Burma Government Medical School reports 1907-22
Year: 1907
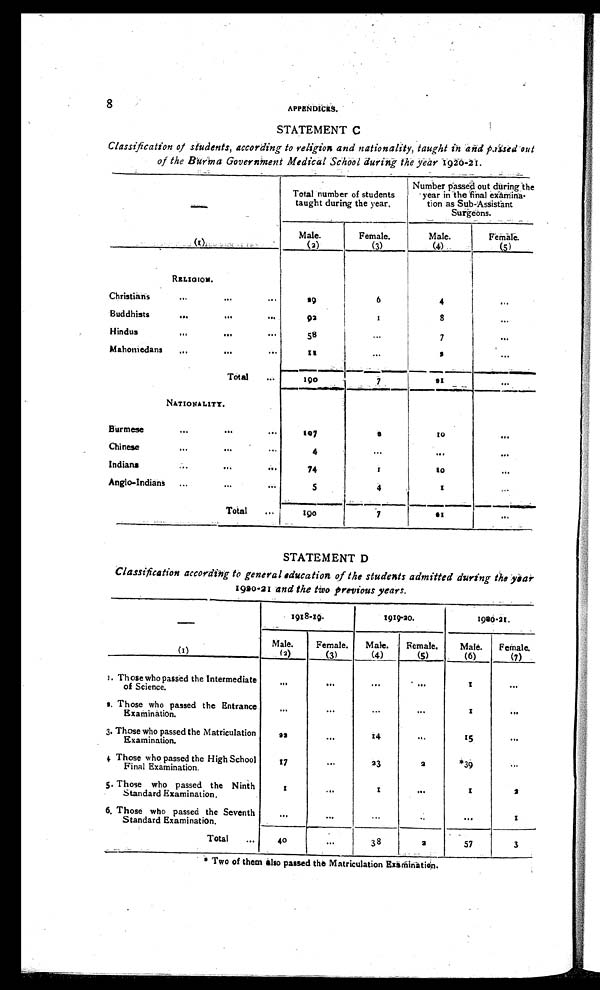
8
APPENDICES.
STATEMENT C
Classification of students, according to religion and nationality, taught in and passed out
of the Burma Government Medical School during the year 1920-21.
Total number of students
taught during the year.
Number passed out during the
year in the final examina-
tion as Sub-Assistant
Surgeons.
Male.
Female.
Male.
Female.
(1)
.
(2)
(3)
(4)
(5)
RELIGION.
Christians
... ... ...
19
6
4
...
Buddhists
...
...
...
92
1
8
...
Hindus
...
...
...
58
...
7
. . .
Mahomedans
...
...
...
1 1
. . .
2
. . .
Total
...
190
7
21
. . .
NATIONALITY.
Burmese
...
...
...
1 0 7
2
1 0
. . .
Chinese
...
...
...
4
...
. . .
. . .
Indians
...
...
...
74
1
10
. . .
Anglo-Indians
...
...
...
5
4
1
...
Total ...
1 9 0
7
21
...
STATEMENT D
Classification according to general education of the students admitted during the year
1920-21 and the two previous years.
1918-19.
1919-20.
1920-21.
Male.
Female.
Male.
Female.
Male.
Female.
(1)
(2)
(3)
(4)
(5)
(6)
(7)
1. Those who passed the Intermediate
of Science.
. . .
. . .
. . .
. . .
1
. . .
2. Those who passed the Entrance
Examination.
...
...
...
...
1
...
3. Those who passed the Matriculation
Examination.
22
...
14
...
15
...
4. Those who passed the High School
Final Examination.
17
...
23
2
*39
. . .
5. Those who passed the Ninth
Standard Examination.
1
...
1
...
1
2
6. Those who passed the Seventh
Standard Examination.
...
...
...
...
...
1
Total
...
40
...
38
2
57
3
*Two of them also passed the Matriculation Examination.